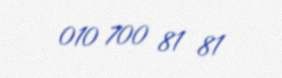
010 700 81 81